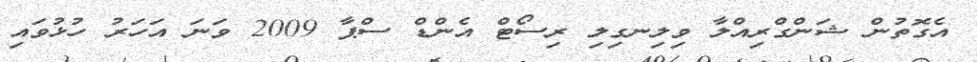
އެގޮތުން ޝަންގްރިއްލާ ވިލިނގިލި ރިސޯޓް އެންޑް ސްޕާ 2009 ވަނަ އަހަރު ހުޅުވައި